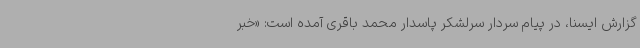
گزارش ایسنا، در پیام سردار سرلشکر پاسدار محمد باقری آمده است: «خبر